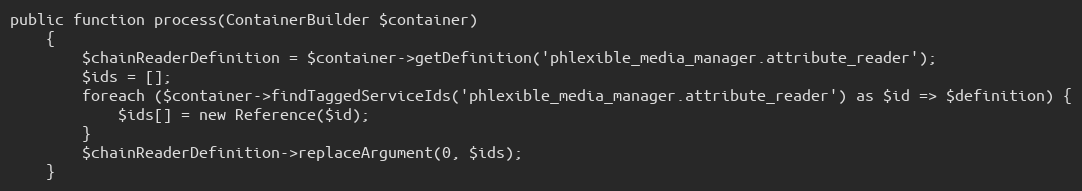
Language: PHP
public function process(ContainerBuilder $container)
    {
        $chainReaderDefinition = $container->getDefinition('phlexible_media_manager.attribute_reader');
        $ids = [];
        foreach ($container->findTaggedServiceIds('phlexible_media_manager.attribute_reader') as $id => $definition) {
            $ids[] = new Reference($id);
        }
        $chainReaderDefinition->replaceArgument(0, $ids);
    }